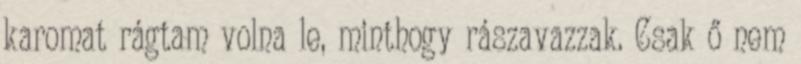
karomat rágtam volna le, minthogy rászavazzak. Csak ő nem